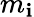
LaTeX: m_{\mathbf{i}}